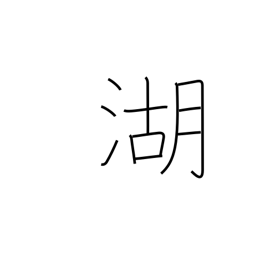
Meaning: lake